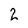
Character: 2